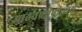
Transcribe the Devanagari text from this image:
आठवणीप्रीत्यर्थ